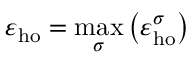
\varepsilon _ { \mathrm { h o } } = \operatorname* { m a x } _ { \sigma } \left( \varepsilon _ { \mathrm { h o } } ^ { \sigma } \right)